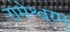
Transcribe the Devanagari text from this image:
रामेश्वरम्‌